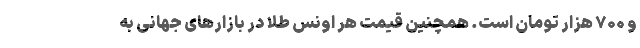
و ۷۰۰ هزار تومان است. همچنین قیمت هر اونس طلا در بازار‌های جهانی به